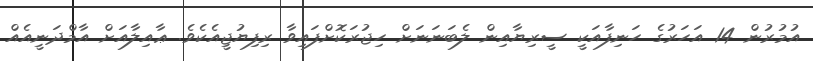
އުމުރުން 14 އަހަރުގެ ހަނިފާއަކީ ސީރިޔާއިން ލެބަނަނަށް ހިޖުރަކޮށްފައިވާ ރިފިޔުޖީއެކެވެ. ޢާއިލާއަށް އާމްދަނީއެއް